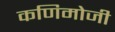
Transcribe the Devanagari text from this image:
कणिमोजी